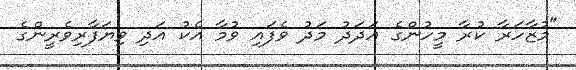
"މުޒާހަރާ ކުރާ މީހުންގެ އަދަދު މަދު ވެފައި ވުމާ އެކު އަދި ވިޔަފާރިވެރީންގެ